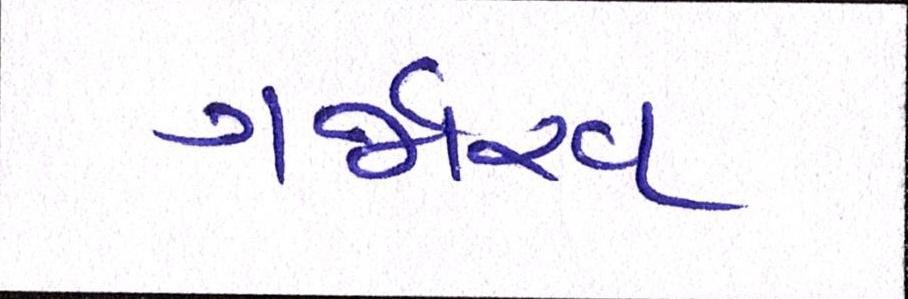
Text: ગર્જારવ